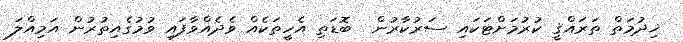
ޚިދުމަތް ތަރައްޤީ ކުރުމަށްޓަކައި ސަރުކާރުން  ބޮޑަތި އެހީތަކެއް ވެދެއްވާފައި ވުމުގެއިތުރުން އަމިއްލަ